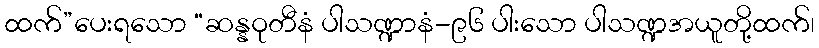
ထက်”ပေးရသော “ဆန္နဝုတီနံ ပါသဏ္ဍာနံ-၉၆ ပါးသော ပါသဏ္ဍအယူတို့ထက်၊